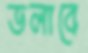
ডলাবে